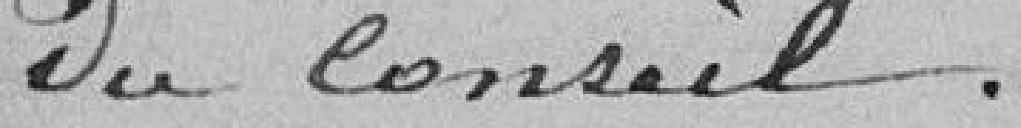
du conseil.